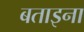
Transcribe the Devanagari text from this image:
बताइना